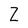
Character: Z